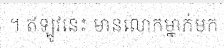
។ ឥឡូវនេះ មានលោកម្នាក់មក